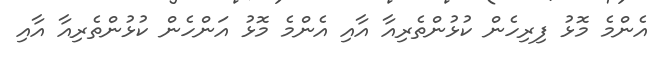
އެންމެ މޮޅު ފިރިހެން ކުޅުންތެރިއާ އާއި އެންމެ މޮޅު އަންހެން ކުޅުންތެރިއާ އާއި